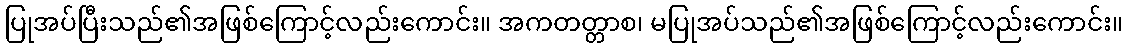
ပြုအပ်ပြီးသည်၏အဖြစ်ကြောင့်လည်းကောင်း။ အကတတ္တာစ၊ မပြုအပ်သည်၏အဖြစ်ကြောင့်လည်းကောင်း။